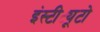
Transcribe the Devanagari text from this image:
इंस्टीट्यूटो